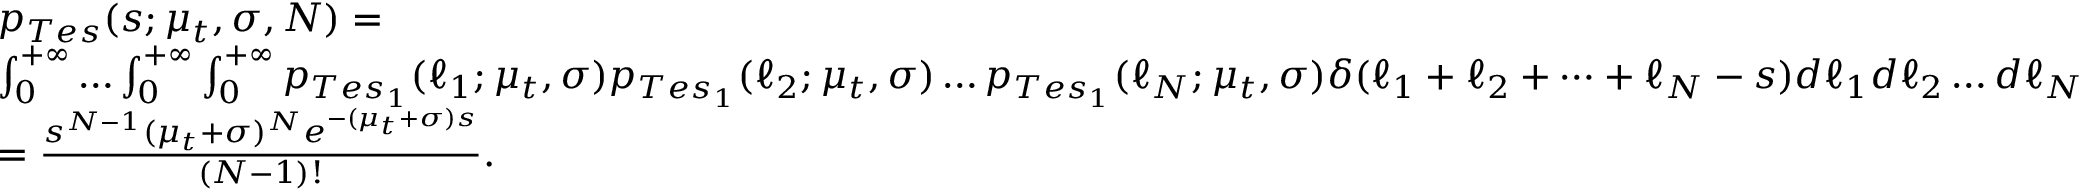
\begin{array} { r l } & { p _ { T e s } ( s ; \mu _ { t } , \sigma , N ) = } \\ & { \int _ { 0 } ^ { + \infty } \dots \int _ { 0 } ^ { + \infty } \int _ { 0 } ^ { + \infty } p _ { T e s _ { 1 } } ( \ell _ { 1 } ; \mu _ { t } , \sigma ) p _ { T e s _ { 1 } } ( \ell _ { 2 } ; \mu _ { t } , \sigma ) \dots p _ { T e s _ { 1 } } ( \ell _ { N } ; \mu _ { t } , \sigma ) \delta ( \ell _ { 1 } + \ell _ { 2 } + \dots + \ell _ { N } - s ) d \ell _ { 1 } d \ell _ { 2 } \dots d \ell _ { N } } \\ & { = \frac { s ^ { N - 1 } ( \mu _ { t } + \sigma ) ^ { N } e ^ { - ( \mu _ { t } + \sigma ) s } } { ( N - 1 ) ! } . } \end{array}